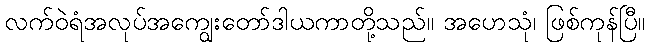
လက်ဝဲရံအလုပ်အကျွေးတော်ဒါယကာတို့သည်။ အဟေသုံ၊ ဖြစ်ကုန်ပြီ။